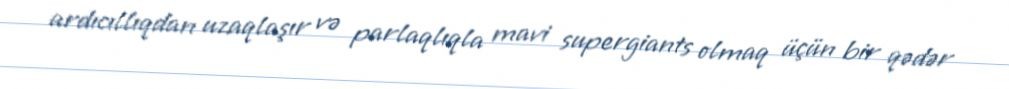
ardıcıllıqdan uzaqlaşır və parlaqlıqla mavi supergiants olmaq üçün bir qədər